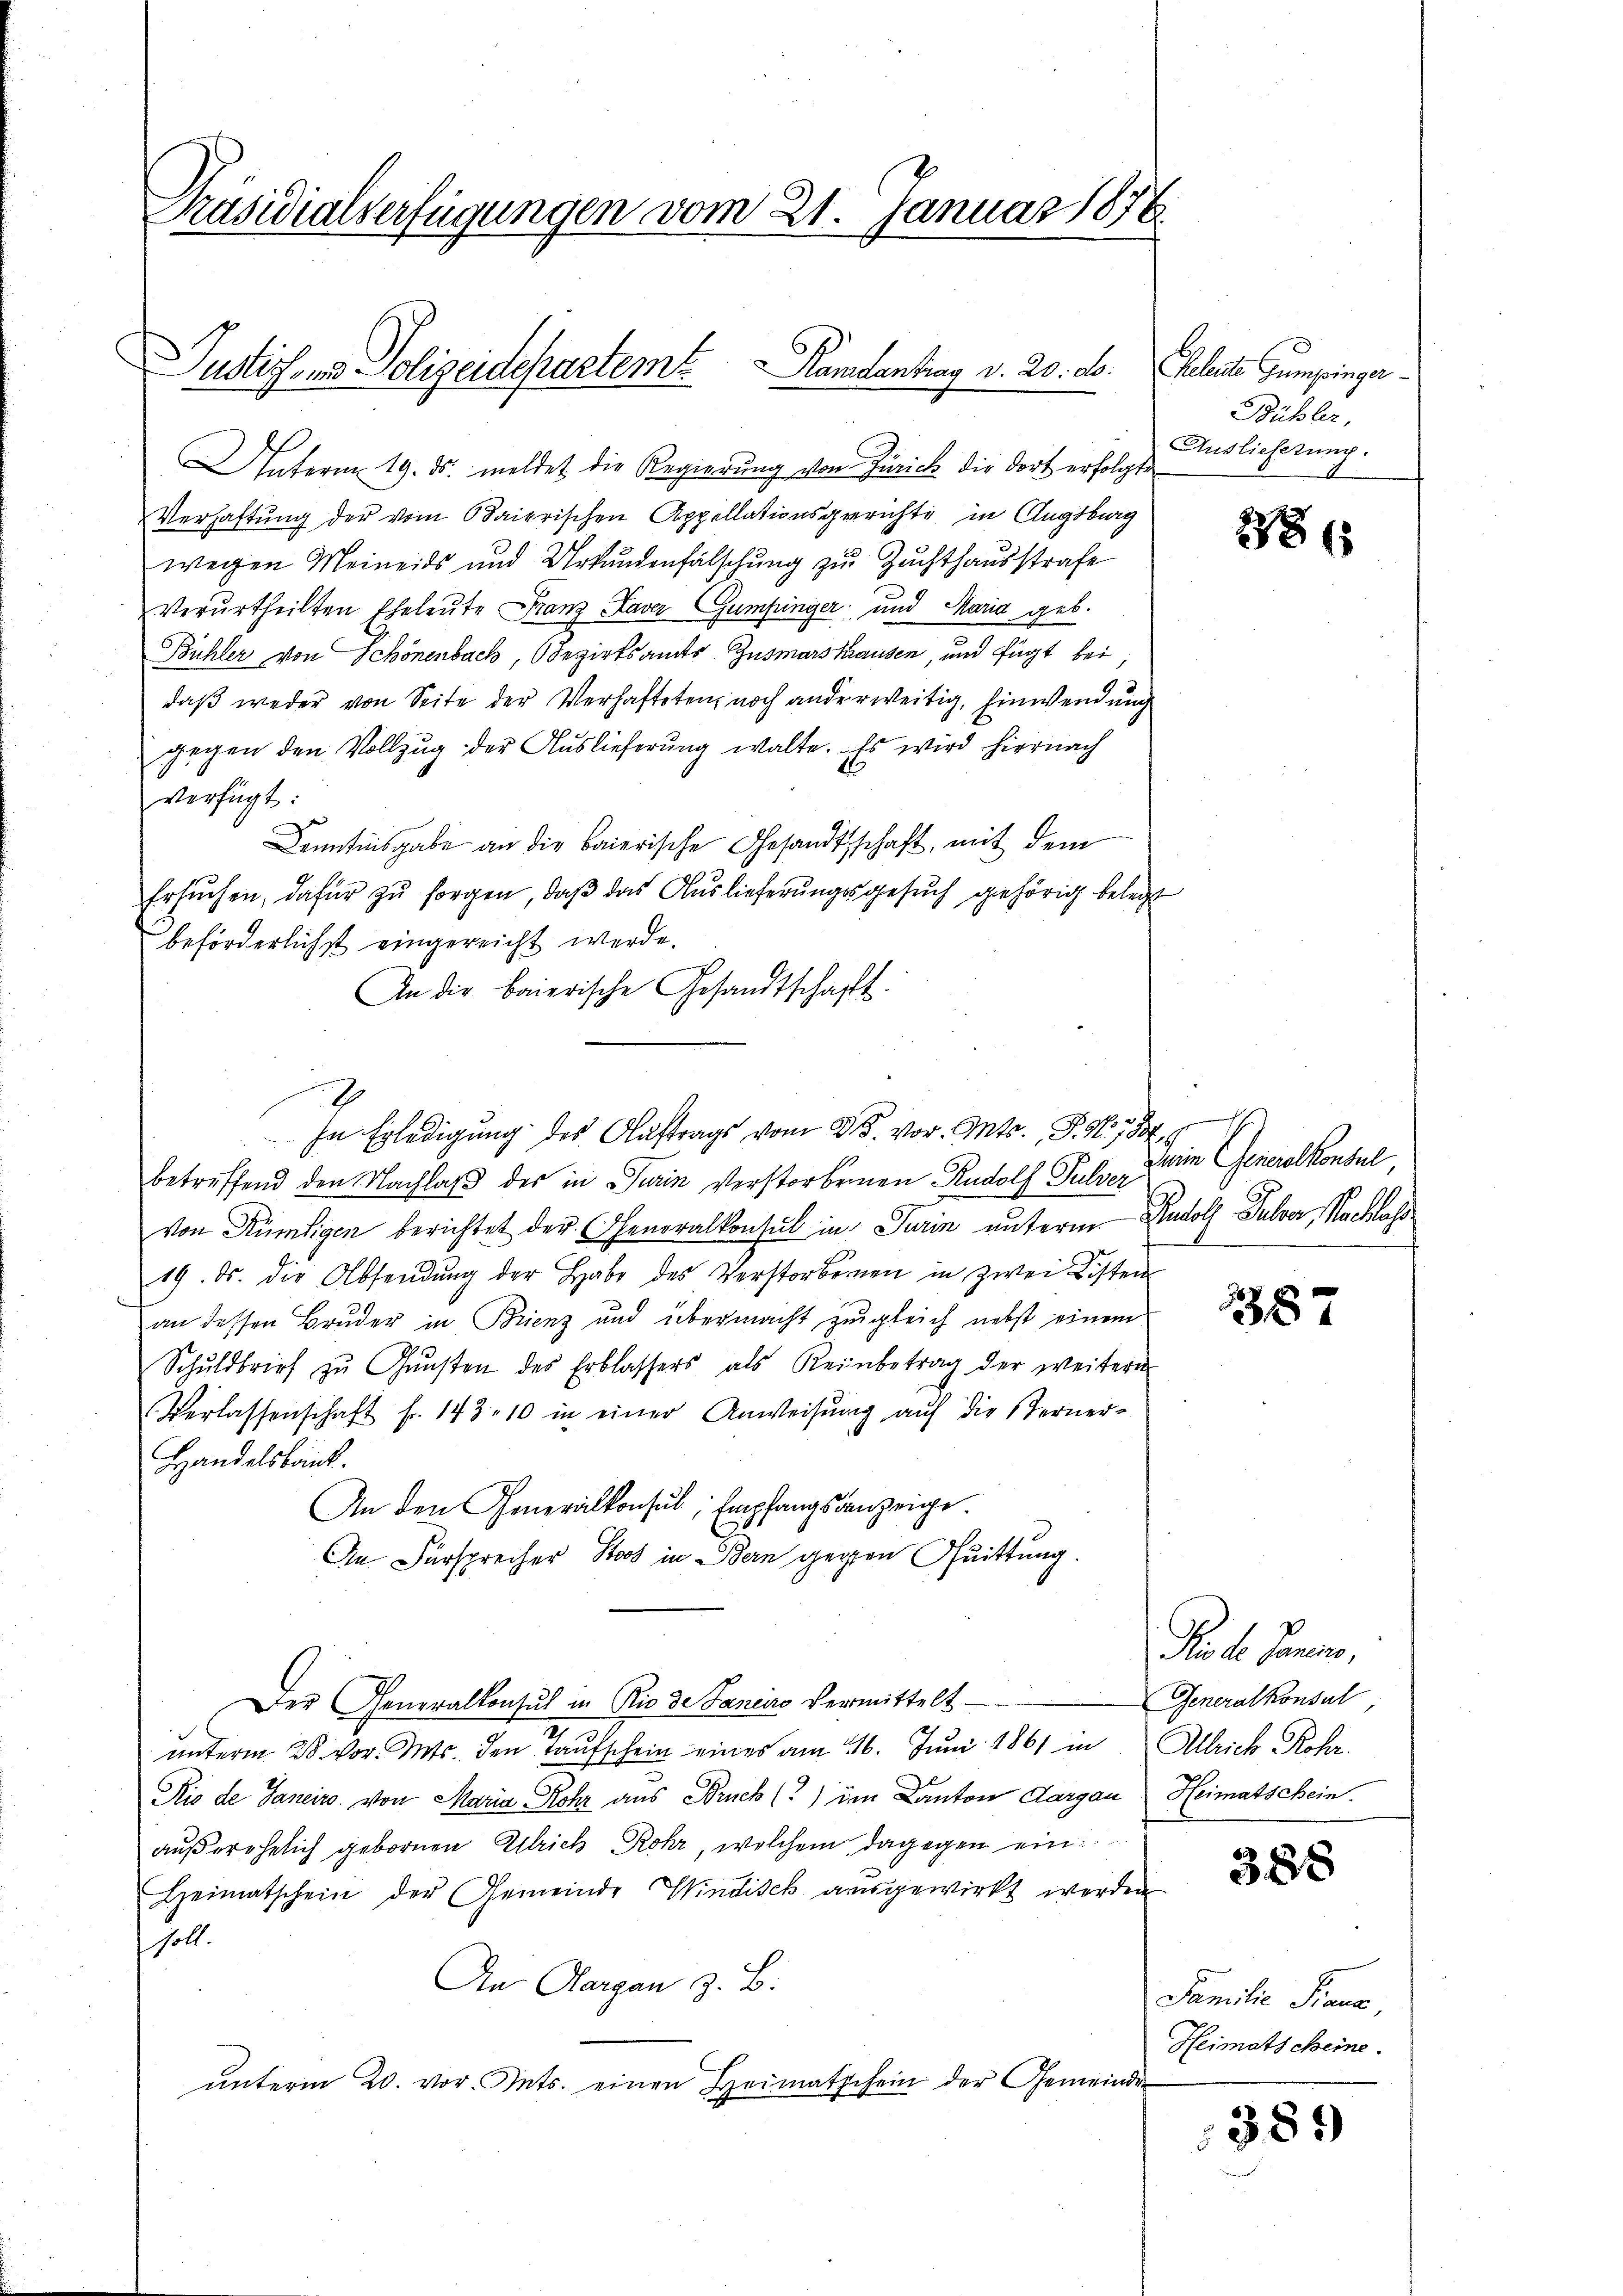
Präsidialverfügungen vom 21. Januar 1878

Pustiz- und Polizeidepartem Randantrag d. 20. ds.

Unterm 19. ds. meldet die Regierung vom Zürich die dort erfolgte
Verhaftung der vom Baierischen Appellationsgerichte in Augsburg
wegen Meineids und Urkundenfälschung zu Zuchthausstrafe
Verurtheilten Eheleute Franz Xaver Gumpinger und Maria geb.
Bühler von Schönenbach, Bezirksamts-Zusmarshausen, und fügt bei
daß weder von Seite der Verhafteten, noch anderweitig, hinwendung
gegen den Vollzug der Auslieferung walte. Es wird hiernach
verfügt:
Kenntnisgabe an die baierische Gesandtschaft, mit dem
Ersuchen, dafür zu sorgen, daß das Auslieferungsgesuch gehörig belegt
beförderlichst eingereicht werde.
An die baierische Gesandtschaft.
betreffend den Nachlaß des in Turin Verstorbenen Rudolf Pulver
von Kündigen berichtet der (Generalkonsul in Turin unterm Rudolf Pulver, Nachloss
19. ds. die Absendŭng der Habe des Verstorbenen in zwei Listen
an dessen Bruder in Brienz und übermacht zŭgleich nebst einem
Schŭldbrief zŭ Gŭnsten des Erblassers als Reinbetrag der weitern
Verlassenschaft fr. 143, 10 in einer Anweisung auf die Sterner-
Handelsbank.
An den Generalkonsul, Empfangsanzeige.
An Fürsprecher Stoos in Bern gegen Quittung.
Der Generalkonsul in Rio de Janeiro vermittelt
unterm 28. vor. Mts. den Taufschein eines am 16. Juni 1861 in Alleich Rohr.
Rio de Janeiro von Maria Rohr aus Bruck (?) im Kanton Aargau Heimatschein.
außerehelich gebornen Ulrich Rohr, welchem dagegen ein
Heimatschein der Gemeinde Windisch ausgewirkt werden
soll.
An Aargau z. B.
ŭnterm 20. vor. Ints. einen Heimatschein der Gemeinde

In Erledigung des Auftrags vom 25. vor. Mts., P. Nr. 734.

heleute Gumpinger
Bübler,
Auslieferung.

d

286

Dein Generalkonsul,

387

Prod. Tannes,
Generalkonsul

388

Familie Fraue
Heimatscheine

381